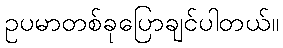
ဥပမာတစ်ခုပြောချင်ပါတယ်။